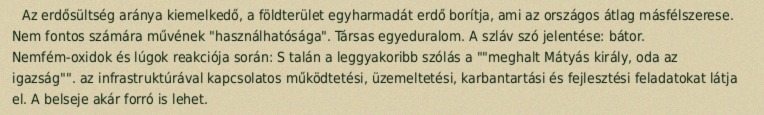
Az erdősültség aránya kiemelkedő, a földterület egyharmadát erdő borítja, ami az országos átlag másfélszerese. Nem fontos számára művének "használhatósága". Társas egyeduralom. A szláv szó jelentése: bátor. Nemfém-oxidok és lúgok reakciója során: S talán a leggyakoribb szólás a ""meghalt Mátyás király, oda az igazság"". az infrastruktúrával kapcsolatos működtetési, üzemeltetési, karbantartási és fejlesztési feladatokat látja el. A belseje akár forró is lehet.